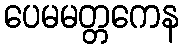
ပေမမတ္တကေန